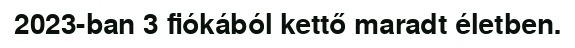
2023-ban 3 fiókából kettő maradt életben.